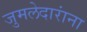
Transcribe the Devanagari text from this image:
जुमलेदारांना